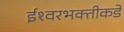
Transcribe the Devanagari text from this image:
ईश्‍वरभक्तीकडे